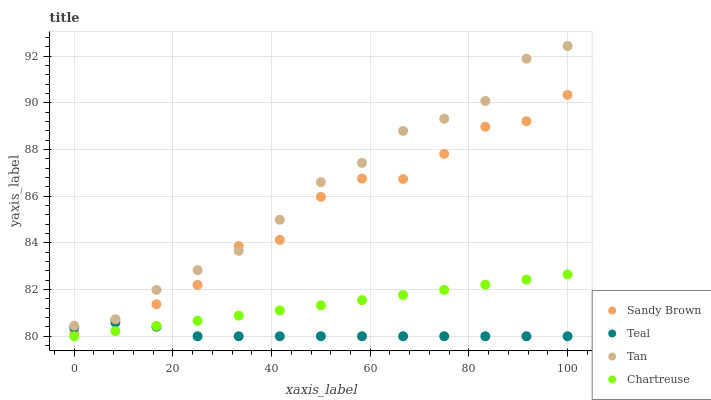
| xaxis_label | Sandy Brown | Teal | Tan | Chartreuse |
 | --- | --- | --- | --- | --- |
 | 0 | 80.2 | 80.4 | 80.5 | 80 |
 | 8.33 | 80.7 | 80.6 | 80.7 | 80.2 |
 | 16.7 | 81.4 | 80.4 | 82 | 80.4 |
 | 25 | 82.2 | 80 | 82.8 | 80.7 |
 | 33.3 | 83.9 | 80 | 83.7 | 80.9 |
 | 41.7 | 84.1 | 80 | 85 | 81.1 |
 | 50 | 86 | 80 | 86.6 | 81.3 |
 | 58.3 | 86.8 | 80 | 87.4 | 81.5 |
 | 66.7 | 86.7 | 80 | 88.8 | 81.8 |
 | 75 | 87.8 | 80 | 89.3 | 82 |
 | 83.3 | 89 | 80 | 90.1 | 82.2 |
 | 91.7 | 89.2 | 80 | 91.9 | 82.4 |
 | 100 | 90.3 | 80 | 92.4 | 82.6 |